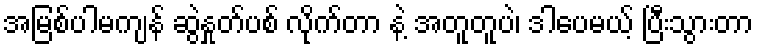
အမြစ်ပါမကျန် ဆွဲနှုတ်ပစ် လိုက်တာ နဲ့ အတူတူပဲ၊ ဒါပေမယ့် ပြီးသွားတာ